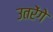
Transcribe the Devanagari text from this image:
उतरेंगे